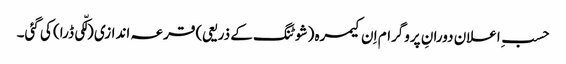
حسبِ اعلان دورانِ پروگرام اِ ن کیمرہ (شوٹنگ کے ذریعی) قرعہ اندازی (لکّی ڈرا) کی گئی۔